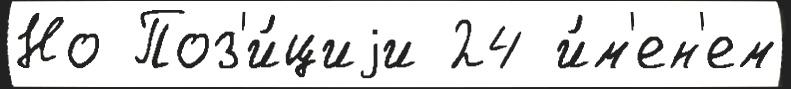
Но Поз'и́циjи 24 и́м'ен'ем